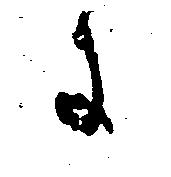
に